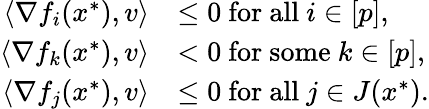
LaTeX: \begin{array}{rl}{\langle\nabla f_{i}(x^{*}),v\rangle}&{\leq 0~\mathrm{for~all}~i\in[p],}\\ {\langle\nabla f_{k}(x^{*}),v\rangle}&{<0~\mathrm{for~some}~k\in[p],}\\ {\langle\nabla f_{j}(x^{*}),v\rangle}&{\leq 0~\mathrm{for~all}~j\in J(x^{*}).}\end{array}